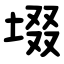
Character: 㙍